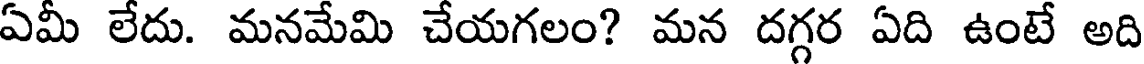
ఏమీ లేదు. మనమేమి చేయగలం? మన దగ్గర ఏది ఉంటే అది